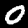
Digit: 0